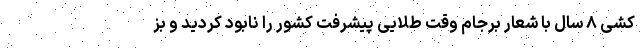
کشی ۸ سال با شعار برجام وقت طلایی پیشرفت کشور را نابود کردید و بز